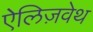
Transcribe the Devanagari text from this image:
ऐलिज़वेथ